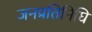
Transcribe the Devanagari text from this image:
जनप्रतिनिघि